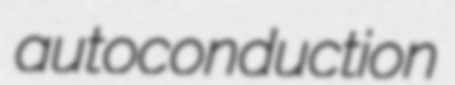
autoconduction